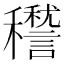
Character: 䆌